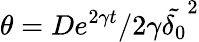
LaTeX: \theta=De^{2\gamma t}/2\gamma\tilde{\delta_{0}}^{2}